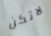
لاتكن